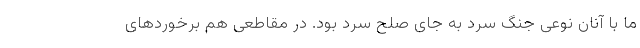
ما با آنان نوعی جنگ سرد به جای صلح سرد بود. در مقاطعی هم برخوردهای